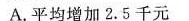
A.平均增加2.5千元